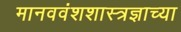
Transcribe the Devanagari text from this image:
मानववंशशास्त्रज्ञाच्या